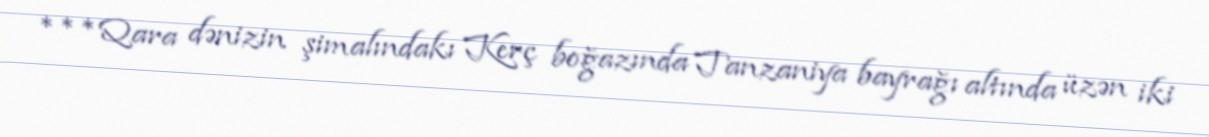
***Qara dənizin şimalındakı Kerç boğazında Tanzaniya bayrağı altında üzən iki